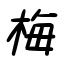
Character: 梅